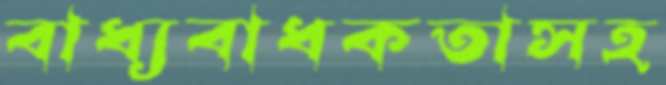
বাধ্যবাধকতাসহ